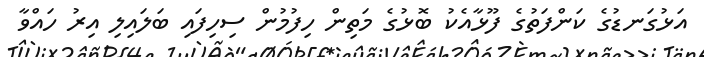
އަޅުގަނޑުގެ ކަންފަތުގެ ފޫޅާއެކު ބޮޅުގެ މަތިން ހިފުމުން ސިހިފައި ބަލައިލި އިރު ހައްވާ